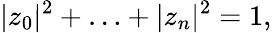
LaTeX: |z_{0}|^{2}+\ldots+|z_{n}|^{2}=1,